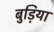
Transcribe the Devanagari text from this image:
बुड़िया